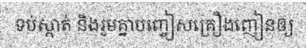
ទប់ស្កាត់ និងរួមគ្នាបញ្ចៀសគ្រឿងញៀនឲ្យ